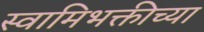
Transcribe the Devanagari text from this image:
स्वामिभक्तीच्या